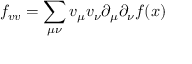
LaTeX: f _ { v v } = \sum _ { \mu \nu } v _ { \mu } v _ { \nu } \partial _ { \mu } \partial _ { \nu } f ( { \boldsymbol { x } } )